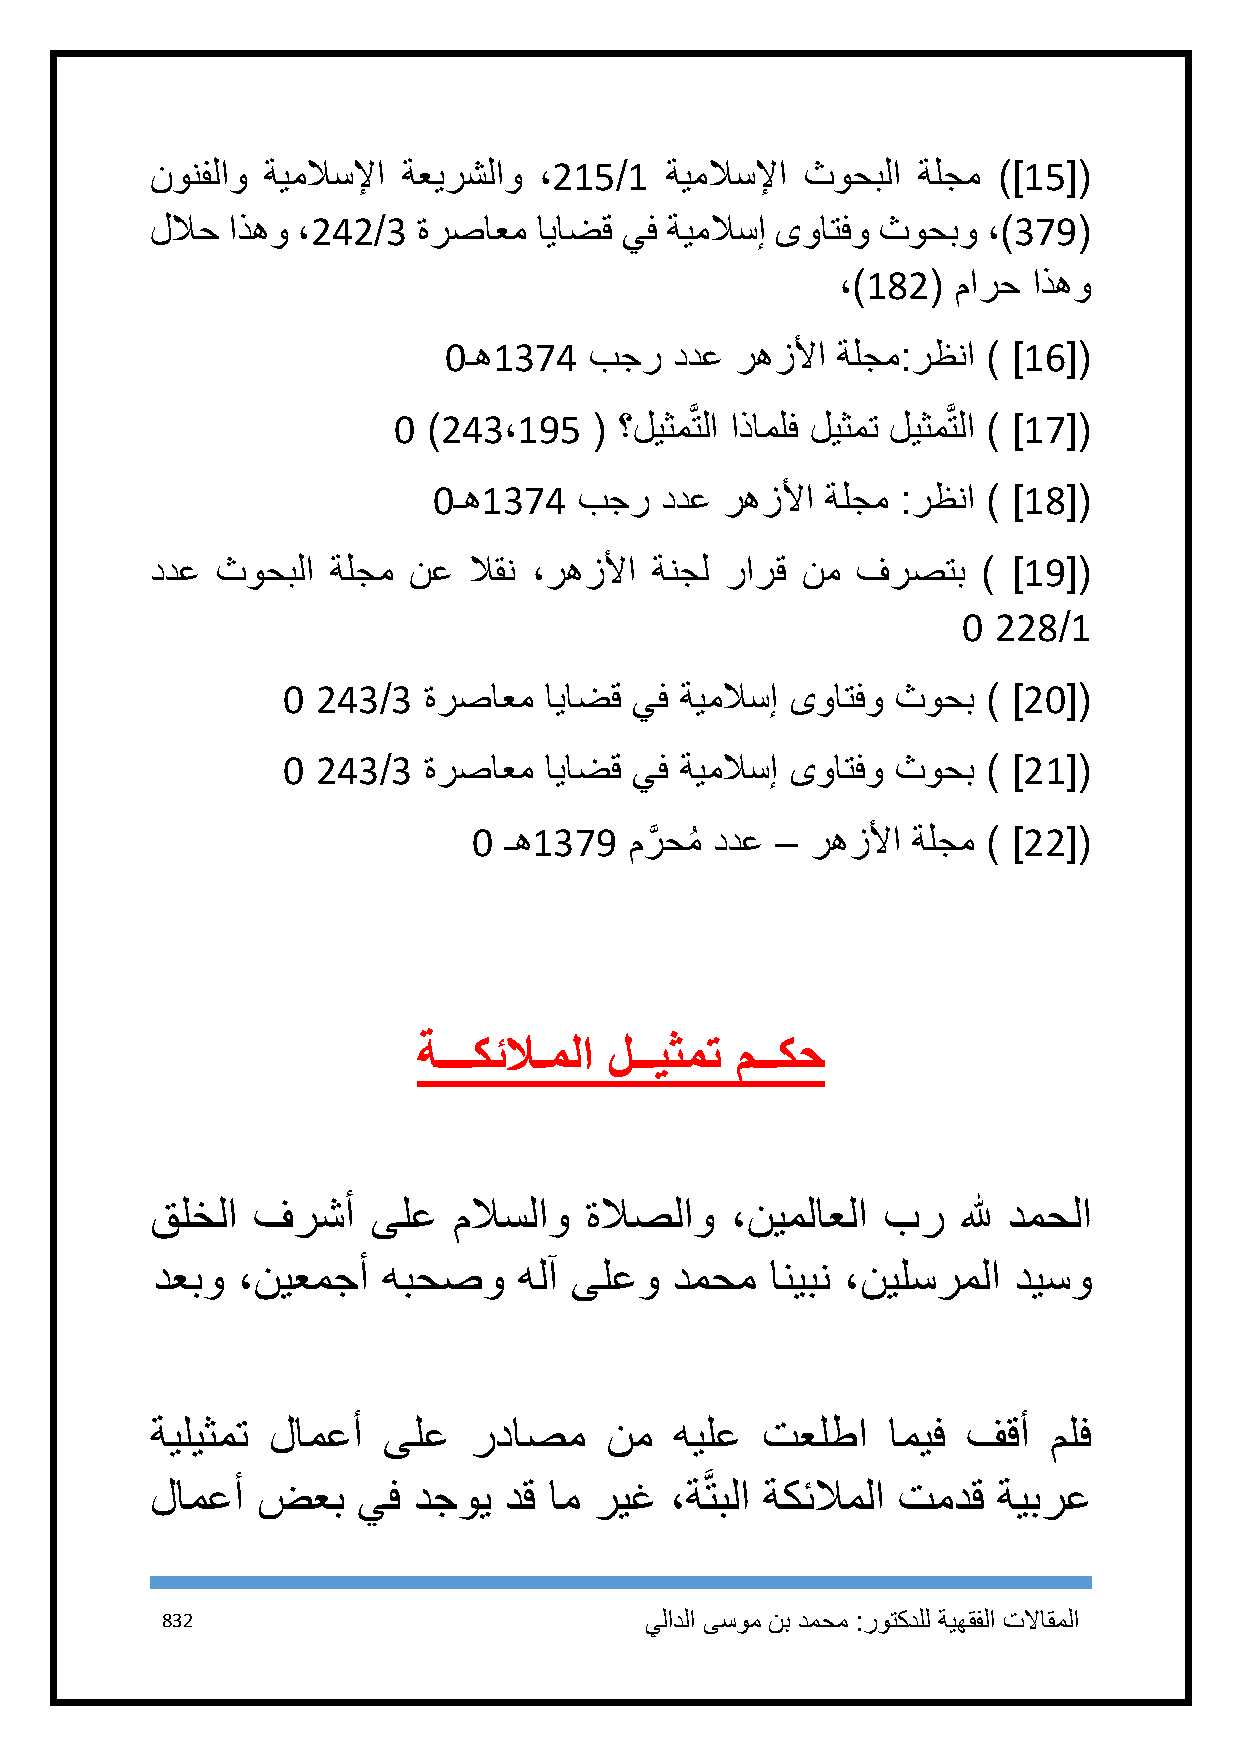
نونفلاو ةيملاسلإا ةعيرشلاو ،215/1 ةيملاسلإا ثوحبلا ةلجم )]15[(
 للاح اذهو ،242/3  ةرصاعم  اياضق يف ةيملاسإ ىواتفو ثوحبو ،)379(
 ،)182( مارح اذهو
 1ـه1374   بجر   ددع رهزلأا ةلجم:رظنا ) ]16[(
 1 )243،195   ( ؟ليثمَّتلا اذاملف ليثمت ليثمَّتلا ) ]17[(
 1ـه1374  بجر   ددع رهزلأا ةلجم :رظنا ) ]18[(
 ددع ثوحبلا  ةلجم نع  لاقن ،رهزلأا ةنجل رارق نم فرصتب   ) ]19[(
 1 228/1
 1 243/3  ةرصاعم  اياضق يف ةيملاسإ ىواتفو ثوحب ) ]21[(
 1 243/3  ةرصاعم  اياضق يف ةيملاسإ ىواتفو ثوحب ) ]21[(
 1 ـه1379   مرَّ حمُ ددع – رهزلأا ةلجم ) ]22[(
 ةـــكئلاـملا لــيثمت مــكح
 قلخلا  فرشأ    ىلع  ملاسلاو  ةلاصلاو  ،نيملاعلا بر    لله دمحلا
 دعبو  ،نيعمجأ  هبحصو    هلآ ىلعو   دمحم  انيبن ،نيلسرملا ديسو
 ةيليثمت لامعأ  ىلع   رداصم    نم   هيلع تعلطا    اميف فقأ   ملف
 لامعأ  ضعب    يف دجوي  دق ام ريغ  ،ةَّتبلا ةكئلاملا تمدق ةيبرع
 832                             يلادلا ىسوم نب دمحم :روتكدلل ةيهقفلا تلااقملا